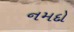
નમદો